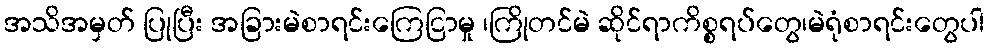
အသိအမှတ် ပြုပြီး အခြားမဲစာရင်းကြေငြာမှု ၊ကြိုတင်မဲ ဆိုင်ရာကိစ္စရပ်တွေ၊မဲရုံစာရင်းတွေပါ